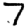
Digit: 7